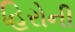
હિરોની